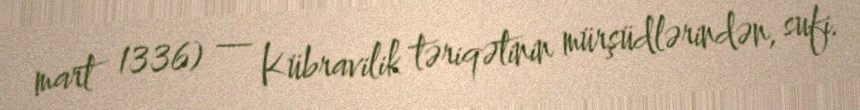
mart 1336) — Kübravilik təriqətinin mürşüdlərindən, sufi.